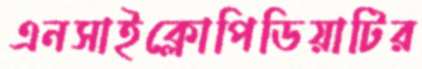
এনসাইক্লোপিডিয়াটির